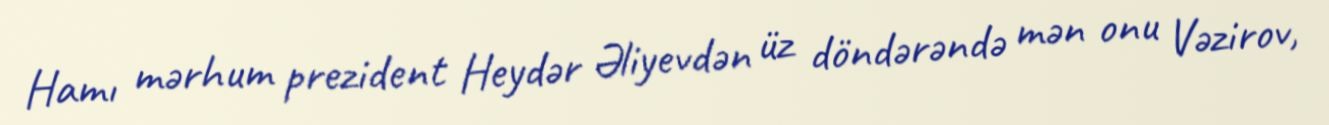
Hamı mərhum prezident Heydər Əliyevdən üz döndərəndə mən onu Vəzirov,